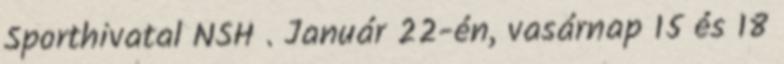
Sporthivatal NSH . Január 22-én, vasárnap 15 és 18